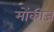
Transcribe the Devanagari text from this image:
मोंकीज